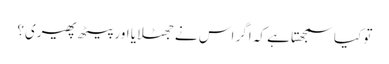
تو کیا سمجھتا ہے کہ اگر اس نے جھٹلایا اور پیٹھ پھیری؟